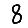
Digit: 8